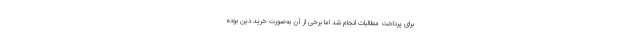
برای پرداخت مطالبات انجام شد اما برخی از آن به‌صورت خرید دین بوده